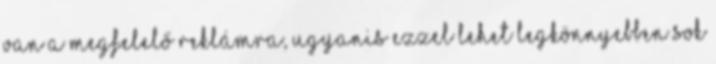
van a megfelelő reklámra, ugyanis ezzel lehet legkönnyebben sok